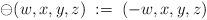
LaTeX: \begin{align*}\ominus (w,x,y,z) \; := \; (-w,x,y,z)\end{align*}